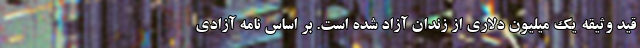
قید وثیقه یک میلیون دلاری از زندان آزاد شده است. بر اساس نامه آزادی